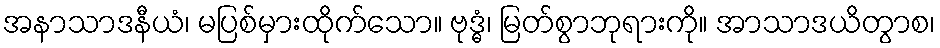
အနာသာဒနီယံ၊ မပြစ်မှားထိုက်သော။ ဗုဒ္ဓံ၊ မြတ်စွာဘုရားကို။ အာသာဒယိတွာစ၊